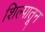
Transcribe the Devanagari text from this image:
शिल्पातून